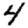
Digit: 4